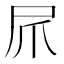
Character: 𫵕